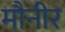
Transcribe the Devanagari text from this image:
मौनीर